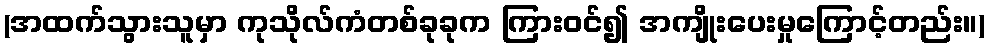
(အထက်သွားသူမှာ ကုသိုလ်ကံတစ်ခုခုက ကြားဝင်၍ အကျိုးပေးမှုကြောင့်တည်း။)